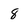
Character: 8